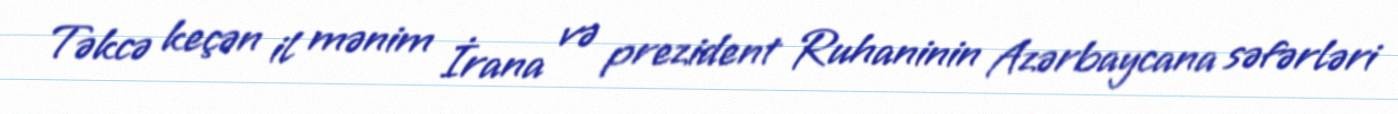
Təkcə keçən il mənim İrana və prezident Ruhaninin Azərbaycana səfərləri